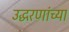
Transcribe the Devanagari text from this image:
उद्धरणांच्या